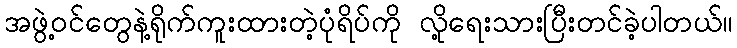
အဖွဲ့ဝင်တွေနဲ့ရိုက်ကူးထားတဲ့ပုံရိပ်ကို လို့ရေးသားပြီးတင်ခဲ့ပါတယ်။